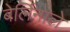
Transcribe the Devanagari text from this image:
बेर्लिनाले